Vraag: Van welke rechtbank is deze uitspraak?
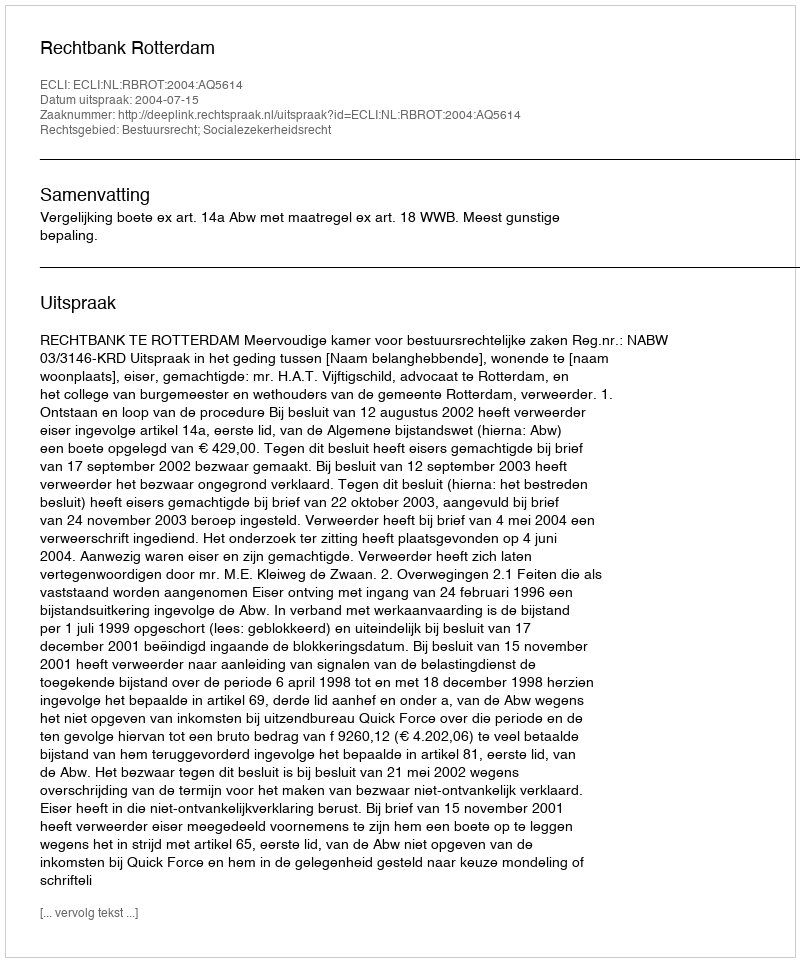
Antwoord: Rechtbank Rotterdam